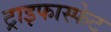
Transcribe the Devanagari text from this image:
ट्राइफास्फेट